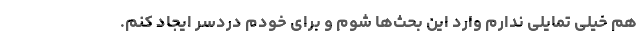
هم خیلی تمایلی ندارم وارد این بحث‌ها شوم و برای خودم دردسر ایجاد کنم.